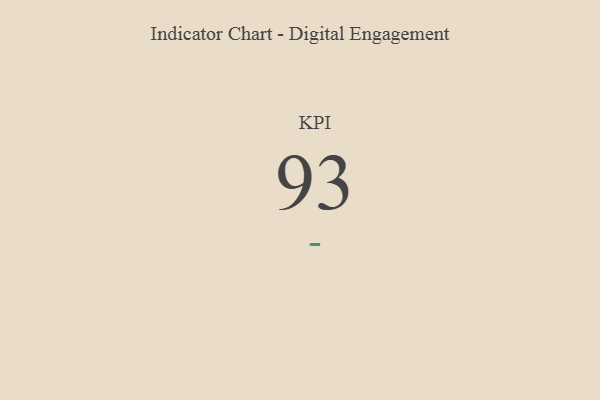
{"axis": {"x": "KPI", "y": "Value"}, "legend": [""], "data": [{"x": "KPI", "y": 93, "type": ""}]}